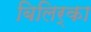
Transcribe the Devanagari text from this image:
बिलिर्का